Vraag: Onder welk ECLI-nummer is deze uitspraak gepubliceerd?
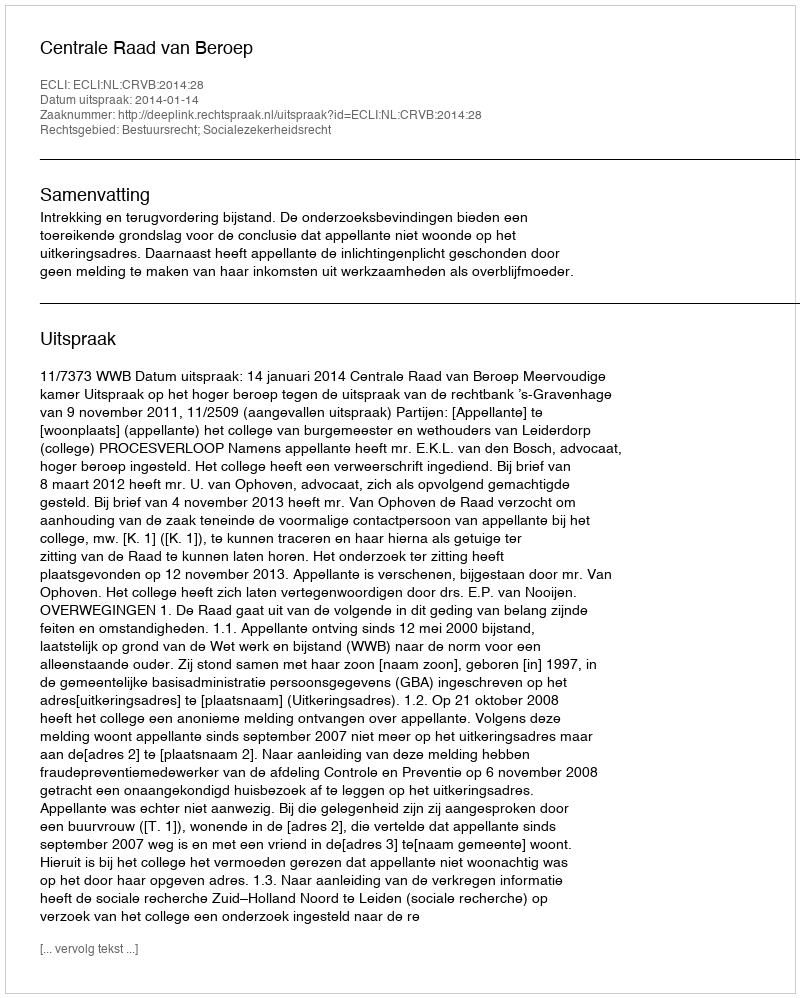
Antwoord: ECLI:NL:CRVB:2014:28